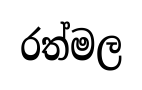
රත්මල